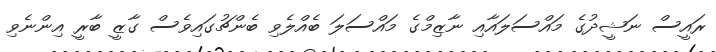
ރައީސް ނަޝީދުގެ މައްސަލައާއި ނާޒިމްގެ މައްސަލަ ބެއްލެވި ބެންޗުގައިވެސް ގާޒީ ބާރީ އިންނެވި